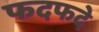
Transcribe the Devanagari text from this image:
फदफदे